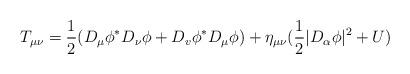
LaTeX: \begin{align*}T_{\mu \nu }=\frac 12(D_\mu \phi ^{*}D_\nu \phi +D_v\phi ^{*}D_\mu \phi)+\eta _{\mu \nu }(\frac 12|D_\alpha \phi |^2+U) \end{align*}